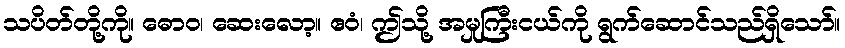
သပိတ်တို့ကို။ ဓောဝ၊ ဆေးလော့။ ဧဝံ၊ ဤသို့ အမှုကြီးငယ်ကို ရွက်ဆောင်သည်ရှိသော်။